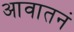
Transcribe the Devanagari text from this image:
आवातनं